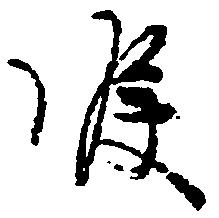
候